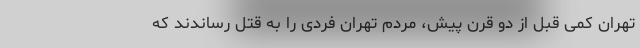
تهران کمی قبل از دو قرن پیش، مردم تهران فردی را به قتل رساندند که